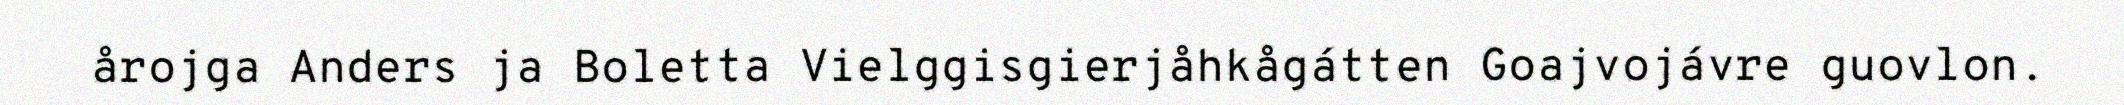
årojga Anders ja Boletta Vielggisgierjåhkågátten Goajvojávre guovlon.